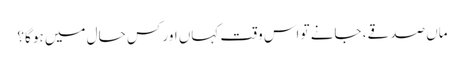
ماں صدقے، جانے تو اس وقت کہاں اور کس حال میں ہو گا؟